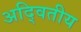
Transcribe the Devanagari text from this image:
अदि्वतीय